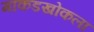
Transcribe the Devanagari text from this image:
माकडखोकला